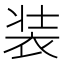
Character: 装